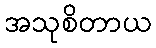
အသုစိတာယ